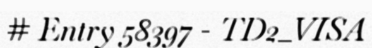
# Entry 58397 - TD2_VISA